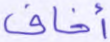
أخاف